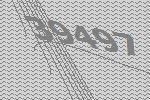
39497